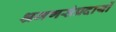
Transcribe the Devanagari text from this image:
श्रमणसंप्रदायों